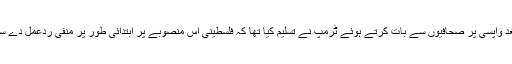
عالمی اقتصادی فورم کے اجلاس میں شرکت کے بعد واپسی پر صحافیوں سے بات کرتے ہوئے ٹرمپ نے تسلیم کیا تھا کہ فلسطینی اس منصوبے پر ابتدائی طور پر منفی ردعمل دے سکتے ہیں لیکن یہ حقیقت میں ان کے لیے مثبت ہے۔